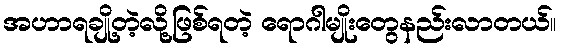
အဟာရချို့တဲ့လို့ဖြစ်ရတဲ့ ရောဂါမျိုးတွေနည်းလာတယ်။